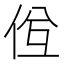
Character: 𠈝